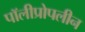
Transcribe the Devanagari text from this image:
पॉलीप्रोपलीन